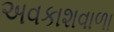
અવકાશવાળા